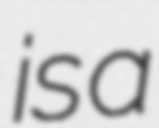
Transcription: is a